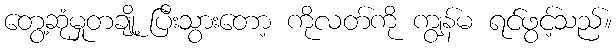
တွေ့ဆုံမှုတချို့ ပြီးသွားတော့ ကိုလတ်ကို ကျွန်မ ရင်ဖွင့်သည်။